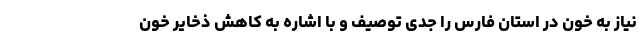
نیاز به خون در استان فارس را جدی توصیف و با اشاره به کاهش ذخایر خون